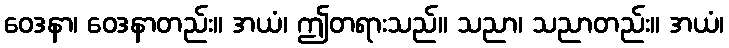
ဝေဒနာ၊ ဝေဒနာတည်း။ အယံ၊ ဤတရားသည်။ သညာ၊ သညာတည်း။ အယံ၊